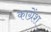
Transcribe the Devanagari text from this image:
काग्रेंश